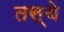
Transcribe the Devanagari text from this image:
तस्थे